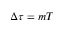
\Delta \tau = m T